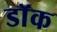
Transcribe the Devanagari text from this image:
डाॅक